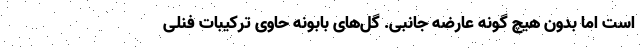
است اما بدون هیچ گونه عارضه جانبی. گل‌های بابونه حاوی ترکیبات فنلی